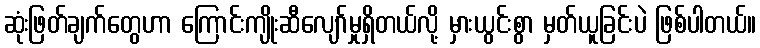
ဆုံးဖြတ်ချက်တွေဟာ ကြောင်းကျိုးဆီလျော်မှုရှိတယ်လို့ မှားယွင်းစွာ မှတ်ယူခြင်းပဲ ဖြစ်ပါတယ်။